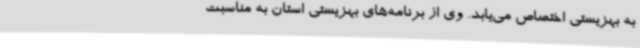
به بهزیستی اختصاص می‌یابد. وی از برنامه‌های بهزیستی استان به مناسبت